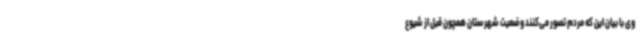
وی با بیان این که مردم تصور می‌کنند وضعیت شهرستان همچون قبل از شیوع